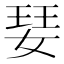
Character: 𭒁